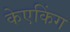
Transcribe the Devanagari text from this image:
केएकिंग